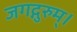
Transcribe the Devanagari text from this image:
जगद्गुरुम्।